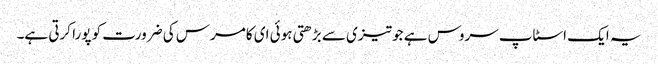
یہ ایک اسٹاپ سروس ہے جو تیزی سے بڑھتی ہوئی ای کامرس کی ضرورت کو پورا کرتی ہے۔